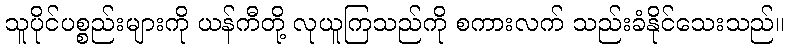
သူပိုင်ပစ္စည်းများကို ယန်ကီတို့ လုယူကြသည်ကို စကားလက် သည်းခံနိုင်သေးသည်။